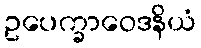
ဥပေက္ခာဝေဒနိယံ